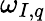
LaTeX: \omega_{I,q}